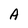
Character: A